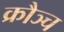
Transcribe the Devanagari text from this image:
क्रौञ्च